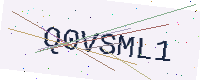
Text: Q0VSML1